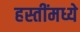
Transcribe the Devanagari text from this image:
हस्तींमध्ये